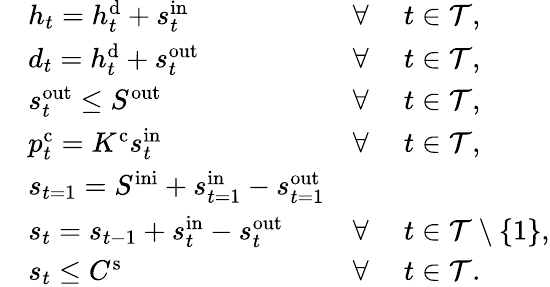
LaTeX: \begin{array}{rlrl}&{h_{t}=h_{t}^{\mathrm{{d}}}+s_{t}^{\mathrm{in}}}&{\forall~}&{t\in\mathcal{T},\ }\\ &{d_{t}=h_{t}^{\mathrm{{d}}}+s_{t}^{\mathrm{out}}}&{\forall~}&{t\in\mathcal{T},}\\ &{s_{t}^{\mathrm{{out}}}\leq S^{\mathrm{out}}}&{\forall~}&{t\in\mathcal{T},}\\ &{p_{t}^{\mathrm{{c}}}=K^{\mathrm{c}}s_{t}^{\mathrm{{in}}}}&{\forall~}&{t\in\mathcal{T},}\\ &{s_{t=1}=S^{\mathrm{ini}}+s_{t=1}^{\mathrm{{in}}}-s_{t=1}^{\mathrm{out}}}&\\ &{s_{t}=s_{t-1}+s_{t}^{\mathrm{{in}}}-s_{t}^{\mathrm{out}}}&{\forall~}&{t\in\mathcal{T}\setminus\{ 1\} ,}\\ &{s_{t}\leq C^{\mathrm{{s}}}}&{\forall~}&{t\in\mathcal{T}.}\end{array}